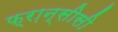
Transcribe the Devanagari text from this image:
फ्रा़न्सीसी